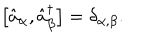
LaTeX: \bigl [ \hat { a } _ { \alpha } , \hat { a } _ { \beta } ^ { \dagger } \bigr ] = \delta _ { \alpha , \beta } .